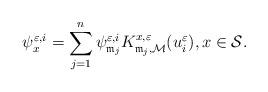
LaTeX: \begin{align*}\psi^{\varepsilon,i}_x=\sum_{j=1}^n \psi^{\varepsilon,i}_{\mathfrak{m}_j} K^{x,\varepsilon}_{\mathfrak{m}_j,\mathcal{M}}(u^\varepsilon_i),x\in\mathcal{S}.\end{align*}